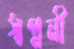
স্বপ্ননী